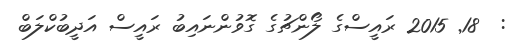
:  18